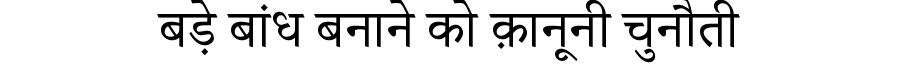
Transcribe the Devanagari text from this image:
बड़े बांध बनाने को क़ानूनी चुनौती